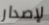
لإصدار